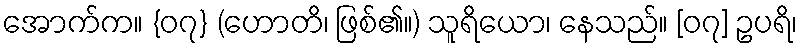
အောက်က။ {၀၇} (ဟောတိ၊ ဖြစ်၏။) သူရိယော၊ နေသည်။ [၀၇] ဥပရိ၊